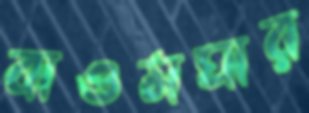
বাওমঘার